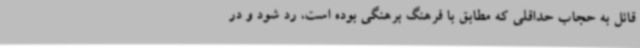
قائل به حجاب حداقلی که مطابق با فرهنگ برهنگی بوده است، رد شود و در